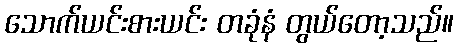
သောက်ယင်းစားယင်း တခုံနံ တွယ်တော့သည်။